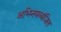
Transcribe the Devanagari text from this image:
अभिनयव्यंजित